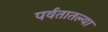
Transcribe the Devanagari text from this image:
पर्वतातल्या